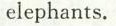
elephants.